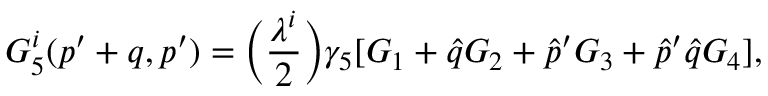
G _ { 5 } ^ { i } ( p ^ { \prime } + q , p ^ { \prime } ) = \Bigl ( { \frac { \lambda ^ { i } } { 2 } } \Bigr ) \gamma _ { 5 } [ G _ { 1 } + \hat { q } G _ { 2 } + \hat { p } ^ { \prime } G _ { 3 } + \hat { p } ^ { \prime } \hat { q } G _ { 4 } ] ,